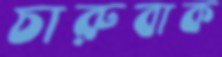
চারুবাক